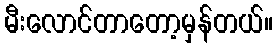
မီးလောင်တာတော့မှန်တယ်။